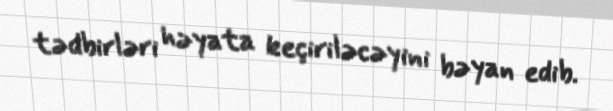
tədbirləri həyata keçiriləcəyini bəyan edib.